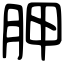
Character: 胛